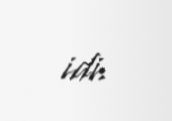
idi.